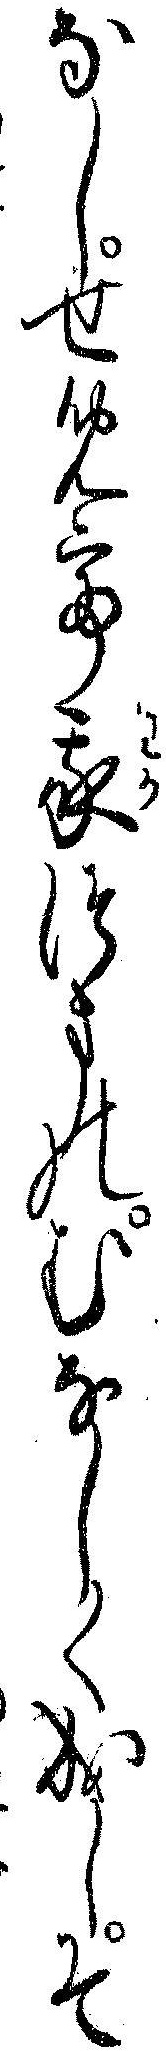
なしせめて我つまのむなしく成しそ